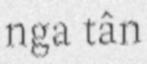
nga tân